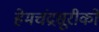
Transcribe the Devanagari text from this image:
हेमचंद्रसूरीको